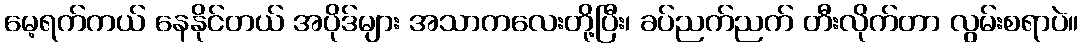
မေ့ရက်ကယ် နေနိုင်တယ် အပိုဒ်များ အသာကလေးတို့ပြီး၊ ခပ်ညက်ညက် တီးလိုက်တာ လွမ်းစရာပဲ။